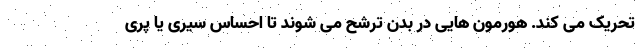
تحریک می کند. هورمون هایی در بدن ترشح می شوند تا احساس سیری یا پری